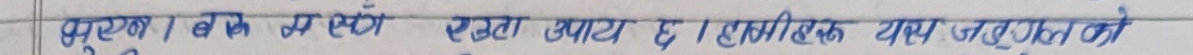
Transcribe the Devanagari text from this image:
प्रश्न । यस सँगै एउटा उपाय छ । हामी एक यस जलसूत को